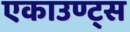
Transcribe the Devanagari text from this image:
एकाउण्ट्स